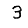
Digit: 3